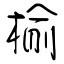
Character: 榆